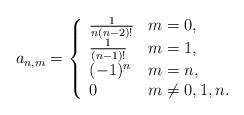
LaTeX: \begin{align*} a_{n,m}=\left\{\begin{array}{ll}\frac{1}{n(n-2)!} & m=0, \\ \frac{1}{(n-1)!} & m=1, \\ (-1)^n & m=n, \\ 0 & m\neq 0,1,n.\end{array}\right.\end{align*}